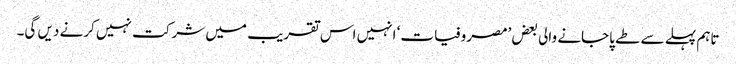
تاہم پہلے سے طے پاجانے والی بعض ’مصروفیات‘ انہیں اس تقریب میں شرکت نہیں کرنے دیں گی۔